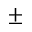
\pm